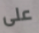
على